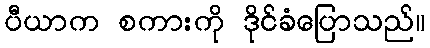
ပီယာက စကားကို ဒိုင်ခံပြောသည်။